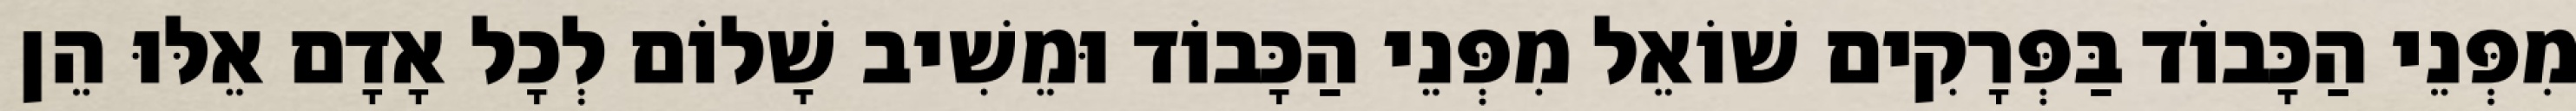
מִפְּנֵי הַכָּבוֹד בַּפְּרָקִים שׁוֹאֵל מִפְּנֵי הַכָּבוֹד וּמֵשִׁיב שָׁלוֹם לְכָל אָדָם אֵלּוּ הֵן